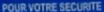
POUR VOTRE SECURITE